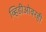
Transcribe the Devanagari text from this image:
व्हिडीओवरही